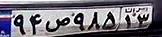
۹۴ص۹۸۵۱۳